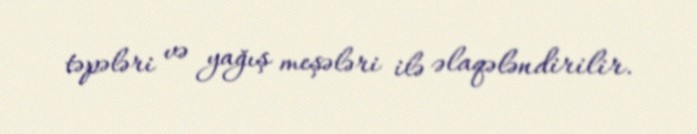
təpələri və yağış meşələri ilə əlaqələndirilir.